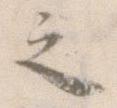
之